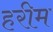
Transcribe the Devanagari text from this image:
हरीम